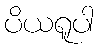
ပိယရူပါ